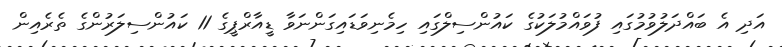
އަދި އެ ބައްދަލުވުމުގައި ފުވައްމުލަކުގެ ކައުންސިލްގައި ހިމެނިވަޑައިގަންނަވާ ޑީއާރްޕީގެ 11 ކައުންސިލަރުންގެ ތެރެއިން